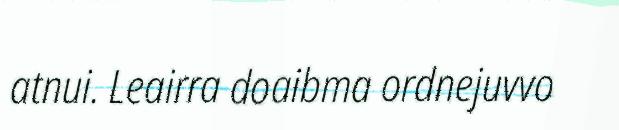
atnui. Leairra doaibma ordnejuvvo